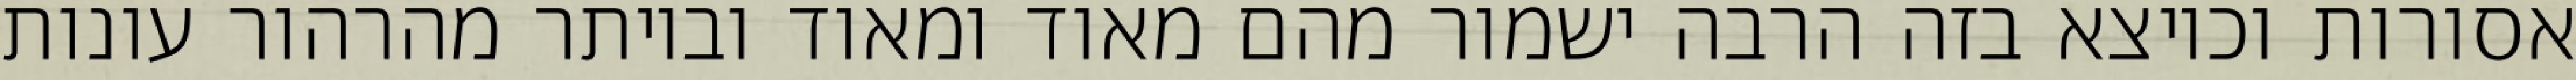
אסורות וכיוצא בזה הרבה ישמור מהם מאוד ומאוד וביותר מהרהור עונות